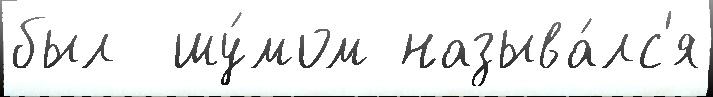
был  шу́мом называ́лс'я